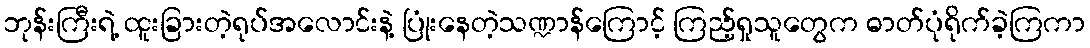
ဘုန်းကြီးရဲ့ ထူးခြားတဲ့ရုပ်အလောင်းနဲ့ ပြုံးနေတဲ့သဏ္ဍာန်ကြောင့် ကြည့်ရှုသူတွေက ဓာတ်ပုံရိုက်ခဲ့ကြကာ